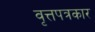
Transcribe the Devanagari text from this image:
वृत्तपत्रकार